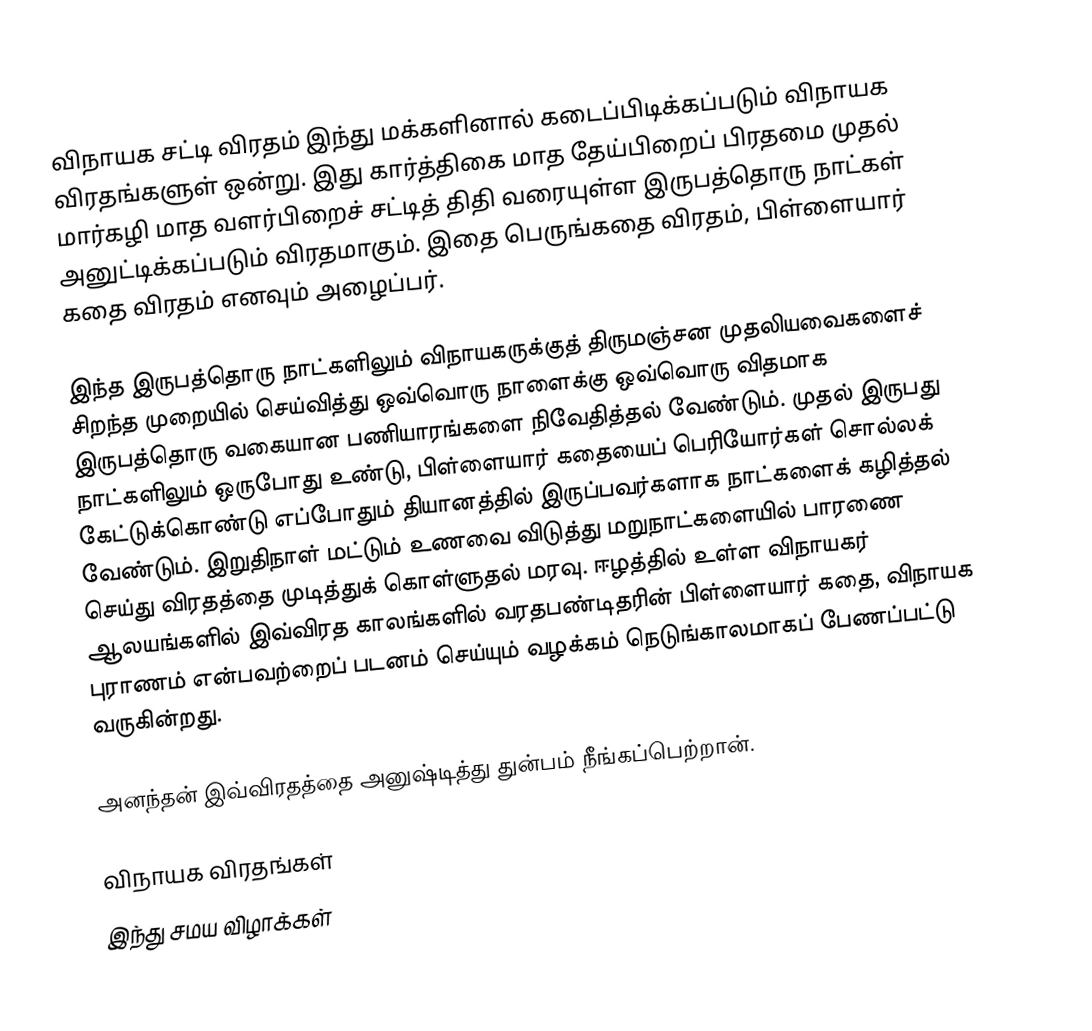
விநாயக சட்டி விரதம் இந்து மக்களினால் கடைப்பிடிக்கப்படும் விநாயக விரதங்களுள் ஒன்று. இது கார்த்திகை மாத தேய்பிறைப் பிரதமை முதல் மார்கழி மாத வளர்பிறைச் சட்டித் திதி வரையுள்ள இருபத்தொரு நாட்கள் அனுட்டிக்கப்படும் விரதமாகும். இதை பெருங்கதை விரதம், பிள்ளையார் கதை விரதம் எனவும் அழைப்பர்.

இந்த இருபத்தொரு நாட்களிலும் விநாயகருக்குத் திருமஞ்சன முதலியவைகளைச் சிறந்த முறையில் செய்வித்து ஒவ்வொரு நாளைக்கு ஒவ்வொரு விதமாக இருபத்தொரு வகையான பணியாரங்களை நிவேதித்தல் வேண்டும். முதல் இருபது நாட்களிலும் ஒருபோது உண்டு, பிள்ளையார் கதையைப் பெரியோர்கள் சொல்லக் கேட்டுக்கொண்டு எப்போதும் தியானத்தில் இருப்பவர்களாக நாட்களைக் கழித்தல் வேண்டும். இறுதிநாள் மட்டும் உணவை விடுத்து மறுநாட்களையில் பாரணை செய்து விரதத்தை முடித்துக் கொள்ளுதல் மரவு. ஈழத்தில் உள்ள விநாயகர் ஆலயங்களில் இவ்விரத காலங்களில்  வரதபண்டிதரின் பிள்ளையார் கதை, விநாயக புராணம் என்பவற்றைப் படனம் செய்யும் வழக்கம் நெடுங்காலமாகப் பேணப்பட்டு வருகின்றது.

அனந்தன் இவ்விரதத்தை அனுஷ்டித்து துன்பம் நீங்கப்பெற்றான்.

விநாயக விரதங்கள்
இந்து சமய விழாக்கள்